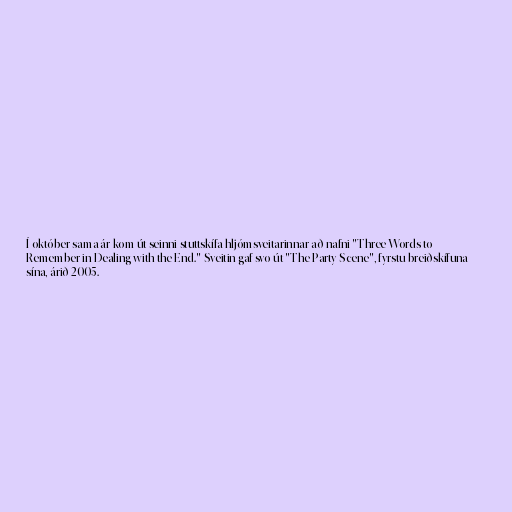
Í október sama ár kom út seinni stuttskífa hljómsveitarinnar að nafni "Three Words to
Remember in Dealing with the End." Sveitin gaf svo út "The Party Scene", fyrstu breiðskífuna
sína, árið 2005.